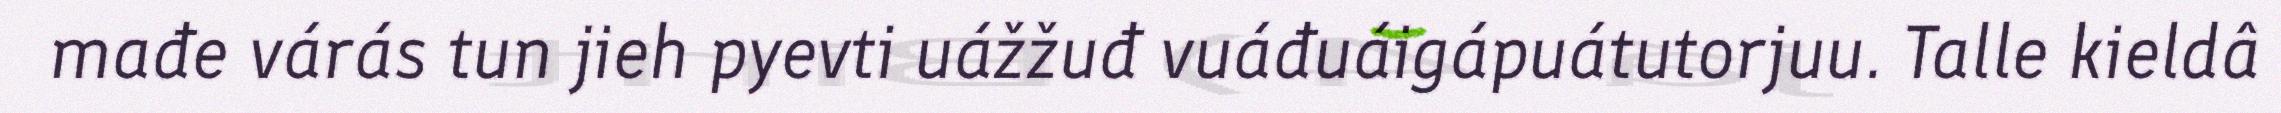
mađe várás tun jieh pyevti uážžuđ vuáđuáigápuátutorjuu. Talle kieldâ